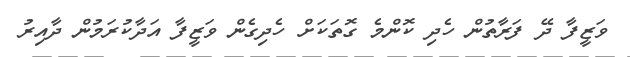
ވަޒީފާ ދޭ ފަރާތުން ހެދި ކޮންމެ ގޮތަކަށް ހެދިގެން ވަޒީފާ އަދާކުރަމުން ދާއިރު